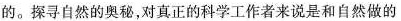
的。探寻自然的奥秘，对真正的科学工作者来说是和自然做的